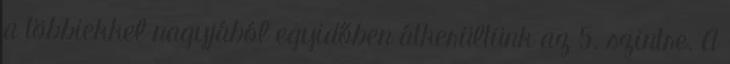
a többiekkel nagyjából egyidőben átkerültünk az 5. szintre. A